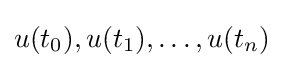
u(t_{0}),u(t_{1}),\dots ,u(t_{n})